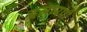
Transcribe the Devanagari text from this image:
इआरपी